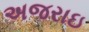
અજરાઇ